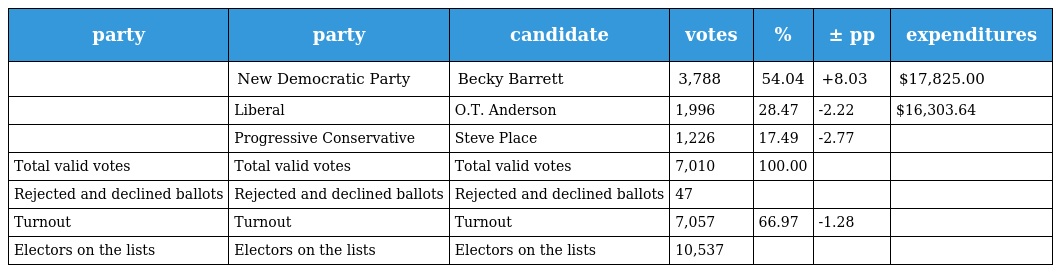
| party | party | candidate | votes | % | ± pp | expenditures |
 | --- | --- | --- | --- | --- | --- | --- |
 |  | New Democratic Party | Becky Barrett | 3,788 | 54.04 | +8.03 | $17,825.00 |
 |  | Liberal | O.T. Anderson | 1,996 | 28.47 | -2.22 | $16,303.64 |
 |  | Progressive Conservative | Steve Place | 1,226 | 17.49 | -2.77 |  |
 | Total valid votes | Total valid votes | Total valid votes | 7,010 | 100.00 |  |  |
 | Rejected and declined ballots | Rejected and declined ballots | Rejected and declined ballots | 47 |  |  |  |
 | Turnout | Turnout | Turnout | 7,057 | 66.97 | -1.28 |  |
 | Electors on the lists | Electors on the lists | Electors on the lists | 10,537 |  |  |  |